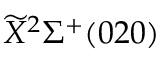
\widetilde { X } ^ { 2 } \Sigma ^ { + } ( 0 2 0 )